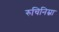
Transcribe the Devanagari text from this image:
रुचिनिम्ना